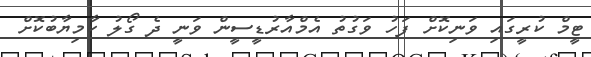
ޓީމް ކުރީގައި ވަނިކޮށް ފަހު ވަގުތު އެމްއާރުޑީސީން ވަނީ ދެ ގޯލު ކާމިޔާބުކޮށް